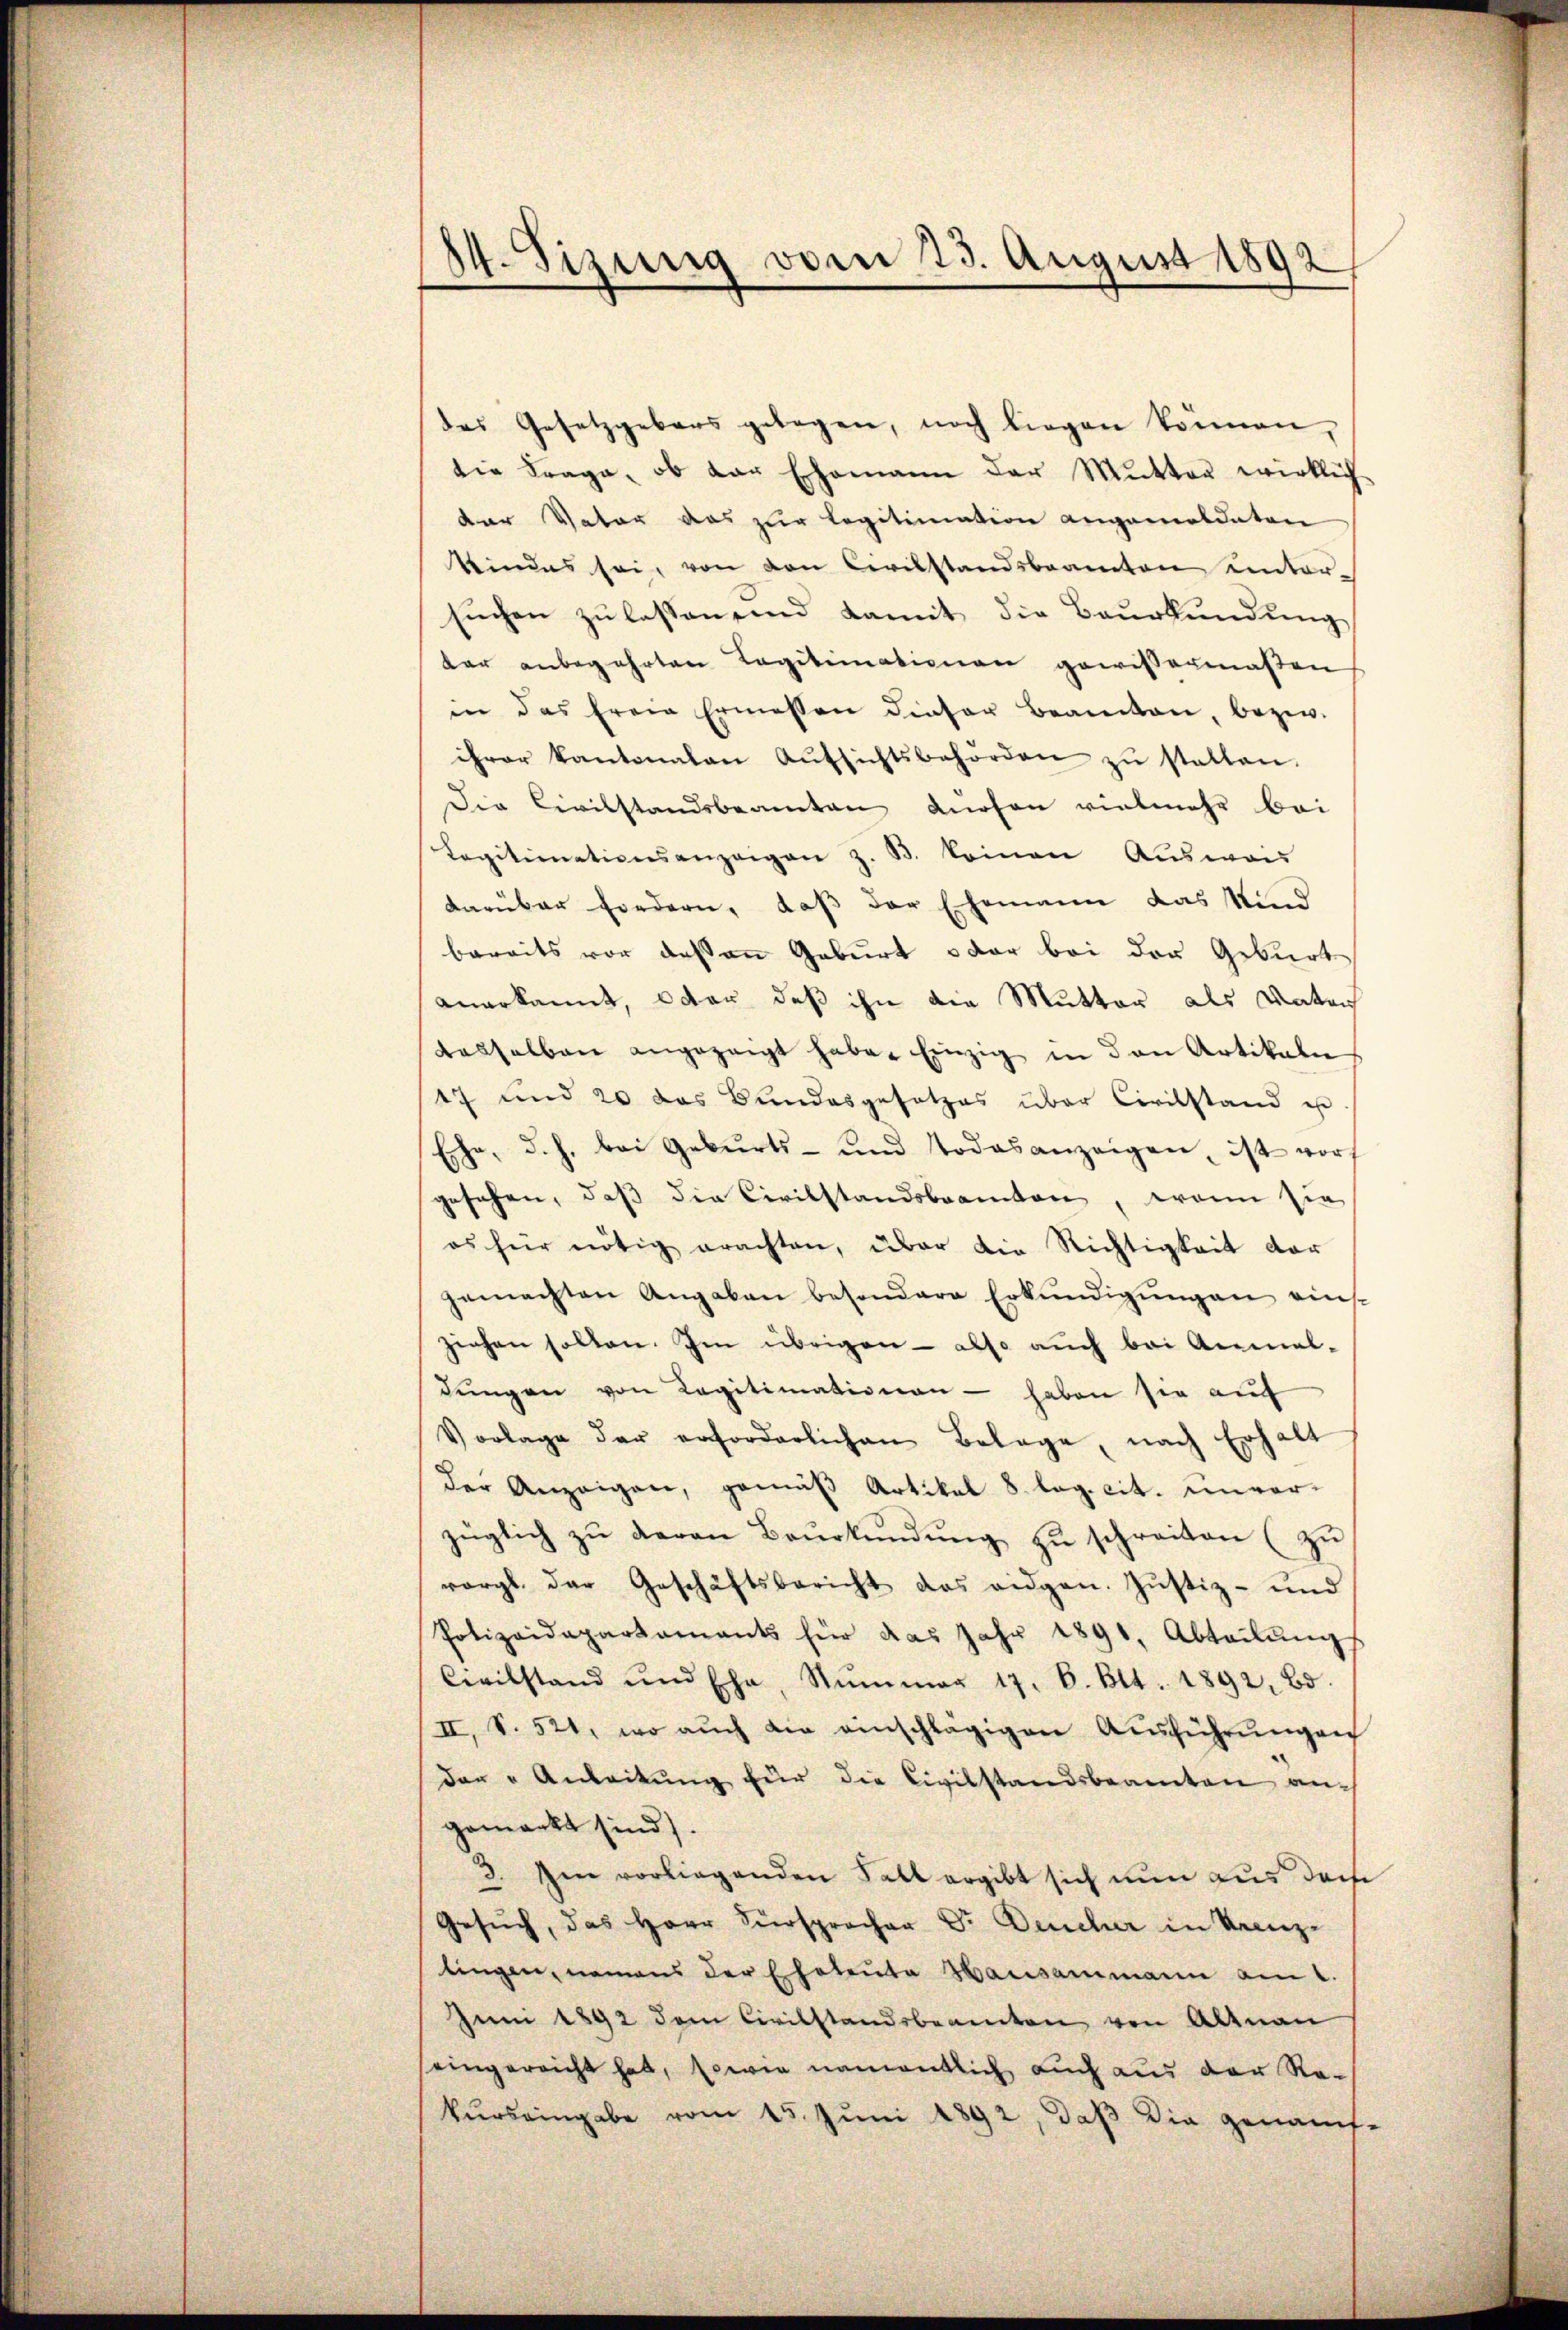
14. Sizung vom 23. August 1892

das Gesetzgebers gelegen, noch liegen können,
die Frage, ob der Ehemann der Mutter wirklich
der Vater das zur Legitimation angemeldeten
kindes sei, von den Civilstandsbeamten einter-
sŭchen zŭ lassen sind damit die Baŭrkŭndŭng
dar anbegehrten Legitimationen gewißermaßen
in das freie Ermessen dieser Beamten, bezw.
ihrer kantonalen Aŭfsichtsbehörden zŭ stellen.
Die Civilstandsbeamten Kuchen vielmehr bei
Legitimationsanzeigen z. B. keinen Aŭswei
darüber fordern, daß der Ehemann das Kind
bereits vor dessen Geburt oder bei der Geburt
anerkannt, oder daß ihn die Mutter als Vate
desselben angezeigt habe. Einzig in den Artikali
17 und 20 das Bundesgesetzes über Civilstand u.
Eche, d.h. bei Geburts- und Todesanzeigen, ist vorf
gesehen, daß die Civilstandsbeamten, wenn sie
os für nötig erachten, über die Richtigkeit der
gemachten Angaben besondere Erkŭndigŭngen eins-
ziehen sollen. Im übrigen - also auch bei Anmel-
dŭngen von Legitimationen - haben sie auf
Vorlage der erforderlichen Belage, nach Erhalt
der Anzeigen, gemäβ Artikel 8. lag. cit. unver-
züglich zŭ davon Baŭrkŭndŭng zŭ schreiten (zŭ
rorgl. der Geschäftsbericht das eidgen. Justiz- und
Polizeidepartaments für das Jahr 1891, Abteilŭng
Civilstand und Ehe, Nummer 17. 6. Okt. 1892, Bd.
II., S. 521, wo aŭch die einschlägigen Aŭsführŭngen
der "Anleitŭng für die Civilstandsbeamten an-
gemackt sind).
3. Im vorliegenden Fall ergibt sich nun aus doch
Gesŭch, das Herr Fürsprocher Dr. Deucher in Krenz-
lingen, namens der Eheleute Hausammann am 1.
Juni 1892 dem Civilstandsbeamten von Altnau
eingereicht hat, sowie namentlich auch aus der Rekurs eingabe vom 15. Juni 1892, daß die genauf-